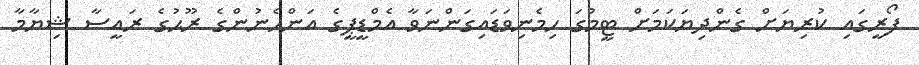
ފޯރީގައި ކުރިޔަށް ގެންދިޔަކަމަށް ޓީމުގަ ހިމެނިވަޑައިގަންނަވާ އެމްޑީޕީގެ އަންހެނުންގެ ރޫޙުގެ ރައީސާ ޝިޔާމާ